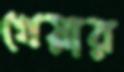
খেয়ার